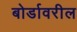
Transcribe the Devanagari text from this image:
बोर्डावरील